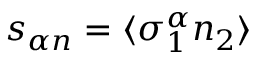
s _ { \alpha n } = \langle \sigma _ { 1 } ^ { \alpha } n _ { 2 } \rangle